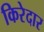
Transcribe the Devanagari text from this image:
किरेदार